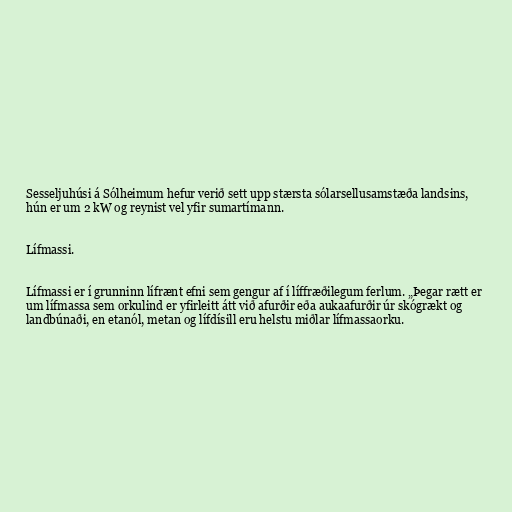
Sesseljuhúsi á Sólheimum hefur verið sett upp stærsta sólarsellusamstæða landsins,
hún er um 2 kW og reynist vel yfir sumartímann.

Lífmassi.

Lífmassi er í grunninn lífrænt efni sem gengur af í líffræðilegum ferlum. „Þegar rætt er
um lífmassa sem orkulind er yfirleitt átt við afurðir eða aukaafurðir úr skógrækt og
landbúnaði, en etanól, metan og lífdísill eru helstu miðlar lífmassaorku.